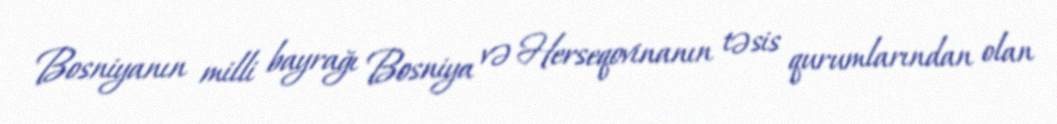
Bosniyanın milli bayrağı Bosniya və Herseqovinanın təsis qurumlarından olan